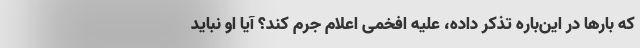
که بارها در این‌باره تذکر داده، علیه افخمی اعلام جرم کند؟ آیا او نباید